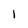
Character: 1